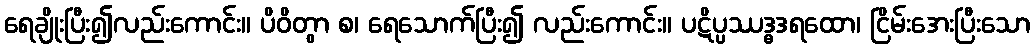
ရေချိုးပြီး၍လည်းကောင်း။ ပိဝိတွာ စ၊ ရေသောက်ပြီး၍ လည်းကောင်း။ ပဋိပ္ပဿဒ္ဓဒရထော၊ ငြိမ်းအေးပြီးသော